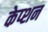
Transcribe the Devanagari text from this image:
केप्‍शन